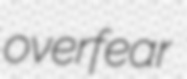
overfear